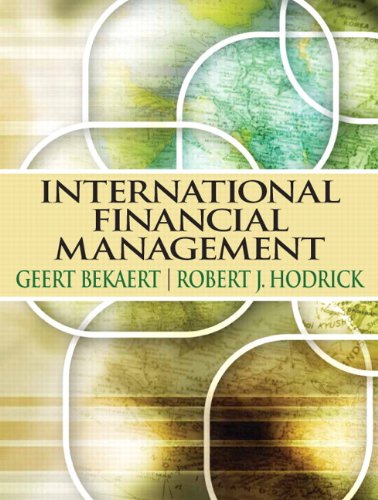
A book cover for International Financial Management; Geert J Bekaert; Business & Money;